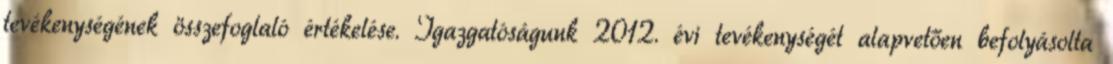
tevékenységének összefoglaló értékelése. Igazgatóságunk 2012. évi tevékenységét alapvetően befolyásolta